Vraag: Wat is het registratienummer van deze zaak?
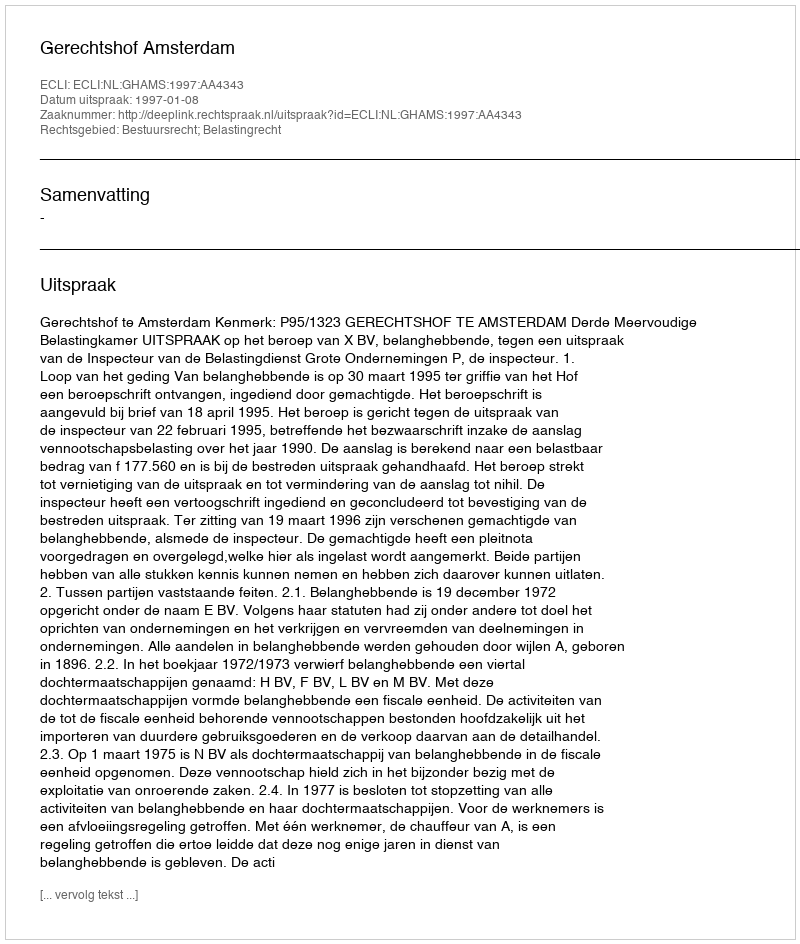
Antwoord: http://deeplink.rechtspraak.nl/uitspraak?id=ECLI:NL:GHAMS:1997:AA4343